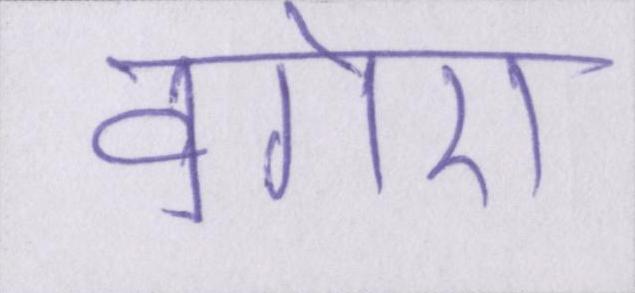
वगेरा